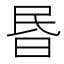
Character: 昬